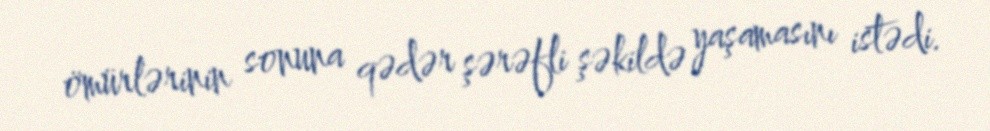
ömürlərinin sonuna qədər şərəfli şəkildə yaşamasını istədi.